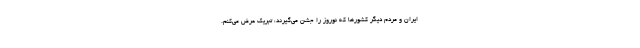
ایران و مردم دیگر کشورها که نوروز را جشن می‌گیرند، تبریک عرض می‌کنم.